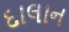
દાલાન